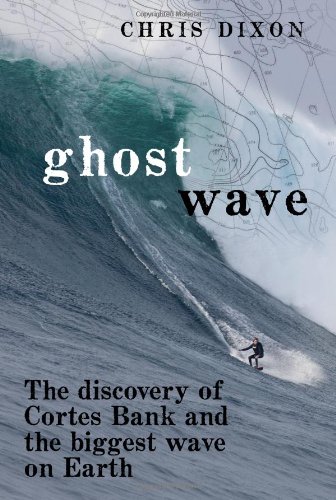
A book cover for Ghost Wave: The Discovery of Cortes Bank and the Biggest Wave on Earth; Chris Dixon; Science & Math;